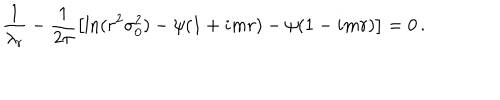
\frac { 1 } { \lambda _ { r } } - \frac { 1 } { 2 \pi } \left[ \ln ( r ^ { 2 } \sigma _ { 0 } ^ { 2 } ) - \psi ( 1 + i m r ) - \psi ( 1 - i m r ) \right] = 0 \, .